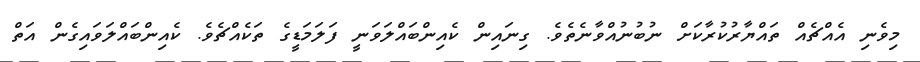
މިވެނި އެއްޗެއް ތައްޔާރުކުރާކަށް ނުބުނުއްވާނެތެވެ. ގިނައިން ކެއިންބައްލަވަނީ ފަލަމަޑީގެ ތަކެއްޗެވެ. ކެއިންބައްލަވައިގެން އަތް